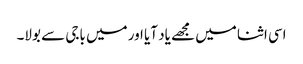
اسی اثنا میں مجھے یاد آیا اور میں باجی سے بولا۔